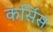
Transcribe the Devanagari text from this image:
कर्सिस